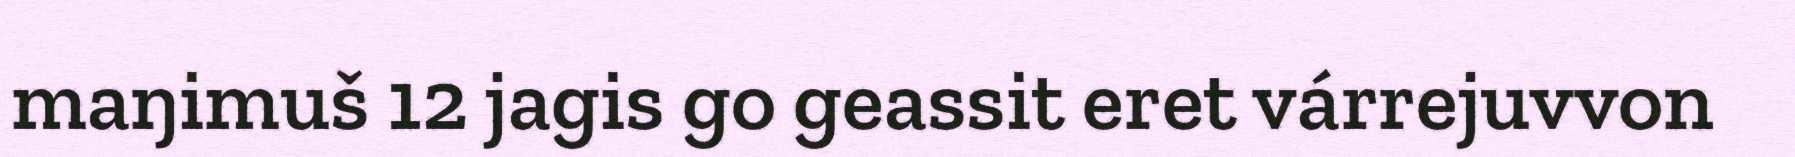
maŋimuš 12 jagis go geassit eret várrejuvvon